Vital statistics of India. Vol. IV, Annual returns from 1871 to 1876. British Army of India, Native Army and jails of Bengal
Year: 1871
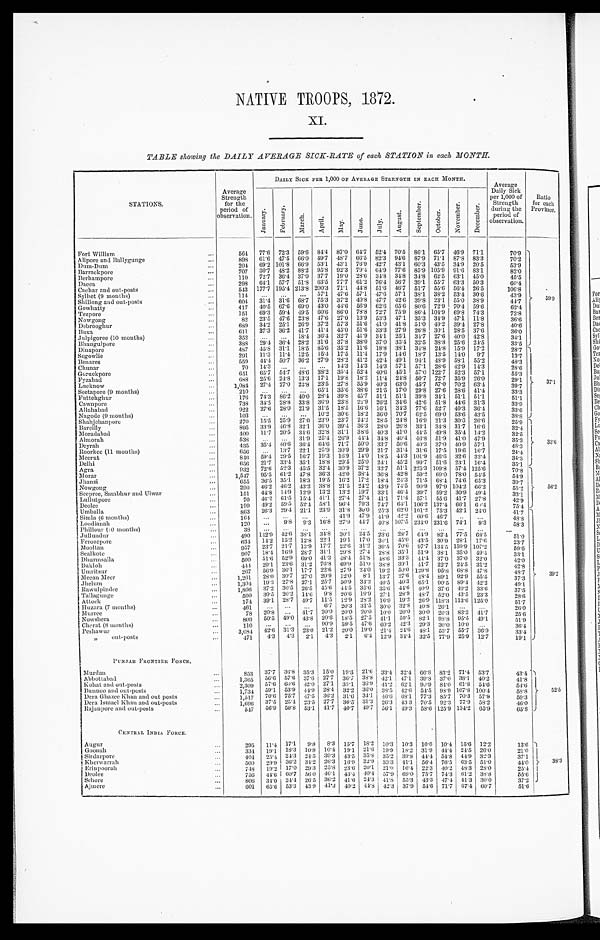
NATIVE TROOPS, 1872.
X.I.
TABLE showing the DAILY AVERAGE SICK-RATE of each STATION in each MONTH.
STATIONS.
DAILY SICK PER 1,000 OF AVERAGE STRENGTH IN EACH MONTH.
Average
Daily Sick
per 1,000 of
Strength
during the
period of
observation.
Ratio
for each
Province.
Average
Strength
for the
period of
observation.
J a n u a r y .
F e b r u a r y .
M a r c h .
Apri l . May.
J u n e .
J u l y . A u g u s t .
S e p t e m b e r .
O c t o b e r .
N o v e m b e r .
D e c e m b e r .
Fort William . . .
564 77.6 72.3 59.6 84.4 87.0 64.7 52.4 70.5 86.1 65.7 46.9 71.1
70.9
59. 9
82.3 94.6 87.9 71.1 87.8 83.3
70.2
898 61.6 47.5 66.0 49.7 48.7 66.5
Alipore and Ballygunge . . .
42.7 43.1 60.3 43.5 34.9 20.5
53.9
2 0 4 69.2 101.8 66. 9 53.1 43.1 76.9
Dum-Dum . . .
707 30.7 48.2 88.2 95.8 92.3 79.4 64.9 77.6 85.9 105.9 91.6 83.1
82.0
Barrackpore . . .
110 72.7 36.4 37.0 37.7 19.0 28.6 34.8 34.8 34.8 62.5 63.1 45.0
45.5
Berhampore . . .
298
64.1 57.7 51.8 63.5 77.7 61.2 76.4 56.7 39.1 55.7 63.3 50.3
60.4
Dacca . . .
543 177.7 195.4 213.8 200.3 71.1 44.8 51.6 46.7 51.7 55.6 56.4 26.5
106.8
Cachar and out-posts . . .
114 . . . . . . . . . 57.1 47.6 57.1 47.6 57.1 38.1 38.2 53.4 30.6
43.9
Sylhet (9 months) . . .
604
31.4 31.6 68.7 75.3 37.2 40.8 47.7 42.6 39.8 23.1 55.0 38.9
4 4 . 7
Shillong and out-posts . . .
417 40.5 67.6 69.0 43.0 44.6 56.9 62.6 65.6 80.6 72.9 70.4 59.6
62.4
Gowhatty . . .
151 69.3 59.4 49. 5 60.6 86.0 78.8 72.7 75.9 86.4 104.9 69.8 74.3
72.8
Tezpore . . .
82 23.5 47.6 23. 8 47.6 27.0 13.9 53. 3 47.1 35.3 34.9 47.1 11.8
36.6
Nowgong . . .
689 34.2 25.1 26. 9 37.2 57.3 51.6 41.0 41.8 51.0 49.2 39.4 27.8
40.6
Debrooghur . . .
33.3 27.9 26.8 30.1 28.5 37.6
36.0
611 37.3 36.2 41.7 41.4 45.0 51.6
Buxa . . .
Julpigoree (10 months) . . .
352 . . . . . . 18. 4 36.4 32.7 41.9
3 4 . 1 25.1 34.7 27.6 40.0 42.8
3 4 . 1
37.0 35.4 32.5 38.8 25.6 24.5
33.5
388 29.4 36.4 28.2 31.6 37.8 38.0
Bhaugulpore . . .
487 45.8 31.1 18. 5 85.6 35.2 11.6 18.8 38.1 34.8 24.8 15.9 17.2
28.7
37. 1
Dinapore . . .
291 11.3 11.4 12. 5 15.4 17.5 11.4 17.9 14.6 18.7 13.5 14.0 9.7
13.7
Segowlie . . .
559 44.4 50.7 36.2 27.9 28.2 41.2 42.4 49.1 94.1 48.9 58.1 55.2
48.3
Benares . . .
70 14.3
. . .
. . .
. . . 14.3 14.3 14.3 57.1 57.1 28.6 42.9 14.3
28.6
Chunar . . .
651 65.7 54.7
4 8 . 6 38.2 35.4 52.4 40.6 45.1 57.0 122.7 52.3 57.1
55.3
Goruckpore . . .
688 25.6 24.8 13.3 17.1 19.8 18.2 11.4 24.8 50.7 72.7 35.9 26.0
29.1
Fyzabad . . .
1,084
27.4 27.0 22.8 23.5 27.8 35.9 40.3 63.0 45.7 57.0 70.2 63.4
39.7
Lucknow . . .
2 1 0 . . .
. . . . . . 65.1 35.6 38.6 21.5 17.0 29.8 27.6 28.6 41.4
33.3
Seetapore (9 months) . . .
51.1 51.1 39.8 34.1 51.1 51.1
51.1
176 74.3 86.2 40.0 28.4 39.8 45.7
Futtehghur . . .
738 34.5 28.8 33.8 36.9 23.8 22.9 26.2 34.6 42.6 51.8 44.6 31.3
3 3 . 9
Cawnpore . . .
16.1 34.3 77.6 52.7 40.3 36.4
33.6
922 27.6 28.0 21.9 31.5 18.5 16.6
Allahabad . . .
103 . . . . . . . . . 10.2 30.6 18.2 36.0 70.7 62.5 69.0 53.6 43.5
38.8
Nagode (9 months) . . .
Shahjehanpore . . .
270 15.5 25.9 27.0 23.9 23.7 24.2 28.5 24.8 16.9 21.3 30.0 26.6
25.9
3 3 . 6
895
33.9 46.8 32.1 36.0 39.4 36.3 28.0 26.8 33.1 34.8 31.7 16.6
32.4
Bareilly . . .
400 11.7 20.5 34.6 32.8 31.1 38.6 40.3 41.0 44.5 49.8 35.4 14.2
32.5
Moradabad . . .
538 . . .
. . . 31.9 25.4 26.9 44.4 34.8 40.4 46.8 51.9 41.0 47.9
35.3
Almorah . . .
435 35.4 40.6 36.4 64.6 71.7 50.0 33.7 50.6 40.3 37.0 40.9 57.1
48.3
Deyrah . . .
656 . . . 13.7 22.1 25.9 30.9 29.9 21.7 31.4 31.6 17.5 19.6 16.7
2 4 . 4
Roorkee (11 months) . . .
18.5 44.3 101.9 46.6 32.6 32.4
3 4 . 3
846 59.4 29.5 16.7 19.3 16.9 14.0
Meerut . . .
6 5 6 21.7
3 3 . 4 35.1 18.8 29.5 25.0 24.1 45.2 99.7 51.6 23.1 16.4
35.1
Delhi . . .
32.7 51.1 225.3 109.8 57.4 125.6
70.8
56. 2
932 72.6 52.3 45.5 32.4 30.9 37.2
Agra . . .
36.8 42.8 59.2 69.0 78.0 54.5
54.9
1,547 95.5
6 1 . 2 47.8 36.3 42.0 38.4
Morar . . .
18.4 24.3 71.5 68.4 74.6 65.3
39.7
655 36.5 35.1 18.3 19.5 16.2 17.2
Jhansi . . .
290 46.2 46.2 43.2 38.8 21.5 24.2 43.9 74.5 90.9 97.9 104.2 66.2
55.2
Nowgong . . .
Seepree, Sambhur and Ulwar . . .
1 5 1 44.8
1 4 . 9
1 2 . 9 13.2 13.2
1 9 . 7
3 3 . 1 46.4 39.7 59.2 30.9
4 9 . 4
33.1
70 46.2 61.5 15.4 41.1 27.4 27.4 41.1 71.4 57.1 55.6 41.7 27.8
42.9
Lullutpore . . .
199 49.2 59.5 52.4 58.1 96.4 79.3 74.7 64.1 106.2 137.4 66.1 60.4
75.4
Deolee . . .
863 26.3 29.4 21.1 23.9 31.8 30.0 95.3 62.0 101.2 75.3 42.1
2 4 . 0
41.7
39.2
Umballa . . .
1 6 4 . . .
. . .
. . .
. .. 41.9 47.9
Simla (6 months) . . .
41.9 42.2 60.6 46.7
. . .
. . .
4 8 . 8
120 . . . 9.8 9.3 16.8 27.9 44.7 40.8 107.5 234.0 231.6 74.1 9.3
58.3
Loodianah . . .
. . .
. . . . . .
. . .
. . .
. . .
Phillour (10 months) . . .
38 . . .
. . .
. . .
. . . . . .
. . .
490
142.9
4 2 . 6 38.1 34.8 30.1 24.5 23.6 28.7 64.9 82.4 77.5 68.5
51.0
Jullundur . . .
30.1 45.0 43.5 30.9 28.1 17.6
23.7
6 3 4 14.2 15.2 12.8 22.1 19.1 17.0
Ferozepore . . .
957 23.7 21.7 13.9 17.7 22.6 31.2
3 9 . 5 70.6 97.7 134.5 159.9 107.2
59.6
Mooltan . . .
9 0 7 18.4 16.9 28.7 31.1 29.8 27.4 28.8 35.1 51.9 38.1 35.0 49.4
33.1
Sealkote . . .
500 51.6 52.9 69.0 41.3 48.4 51.8 48.6 33.3 44.4 37.0 37.0 32.0
42.0
Dhurmsalla . . .
444 29.1 23.6 31.2 76.8 69.9 51.0 38.8 39.1 41.7 22.7 24.5 31.2
42.8
Bukloh . . .
267 56.9 36.1 17.7 22.6 27.9 24.0 19.2 50.0 129.8 95. 8
6 8 . 8
4 7 . 8
48.7
Umritsur. . .
1,261 28.0 30.7 27.0 20.9 12.0 8.1 13.7 27.6 48.4 89.1 92.9 55.5
37.3
Meean Meer . . .
1,304
1 9 . 3 27.8 27.1 25.7 50.9 34.2
4 0 . 5 40.3 65.1 90.5 89.4 42.2
49.1
Jhelum . . .
1,866 37.2
3 0 . 5 26.5 45. 6 44.5 35.6 35.6 44.6 40.9 37.6 40.2 33.6
37.5
Rawulpindee . . .
560 30.5 20.2 14.6 9.8 20.6 19.9 27.1 28.9 48.7 52.0 43.5 23.3
28.6
Tallagunge . . .
16.9
1 9 . 2 26.9 118.3 113.6 125.0
51.7
174 39.1 28.7 40.7 11.5 12.9 28.2
Attock . . .
Huzara (7 months) . . .
461
. . .
. . . . . . 6.7 20.3 31.5 30.0 32.8
40. 8 26. 1 . . .
. . .
26.0
10.0
2 0 . 0 30.0 20. 3 83.3 41.7
2 5 . 6
78 20.8
. . . 41.7 20.0 20.0 20.0
Murree . . .
41.1 50.5 82.1 98.8 95.5 49.1
2 5 . 6
809 50.5 49.0 43.8 20.6 18.5 27.5
Nowshera . . .
60.2 42. 3 29.3 30.0 10.0 . . .
36.4
Cherat (8 months) . . .
110
. . .
. . .
. . .
90. 9 59.5 47.6
3,084
4 2 . 6
3 1 . 3 23.0 21.2 20.0 19.0 21.4 24.6 48.1 53. 7 55.7 36.9
33.4
Peshawur . . .
12.9 34.4 32.5 77.9 25.9 12.7
19.1
471
4.3 4.3 2.1 4.3 2.1
6 . 4
" o u t - p o s t s . . .
PUNJAB FRONTIER FORCE . . .
52.5
Murdan . . .
853 37.7 36.8
3 5 . 3 15.0 19.3 21.6 33.4 32.4
6 6 . 8 83.2 71.4 53.7
43.4
1,365
5 6 . 6 57.6 37.6 27.7 36.7 38.8 42.1 47.1 39.8 37.0 38.1 40.2
41.8
Abbottabad . . .
Kohat and out-posts . . .
2,309 57.6 60.6
4 2 . 0 27.1 33.1 36.9 41.2
6 2 . 1 90.9
8 4 . 0 61.8 54.6
54.6
Bunnoo and out-posts . . .
1,734 59.1 53.9 44.9 28.4 32.2 36.0 38.5
4 2 . 6 54.5
9 8 . 9 107.8 100.4
58.8
Dera Ghazee Khan and out posts . . .
1 , 5 1 7 70.6 75.7 47.5 36.2 31.6 34.1 46.6 68.1 77.3 85.7 70.3 57.9
59.3
Dera Ismael Khan and out-posts . . .
1,696 37.5 25.4 23.5 27.7 36.5 31.3 26.3 43.3 70.5 92.3 77.9 58.2
46.0
Rajanpore and out-posts . . .
547 56.9 59.8 53.1 41.7
4 0 . 7
4 9 . 7 56.1 49.3 58.6 125.9 134.2 65.9
65.8
CENTRAL INDIA FORCE.
Augur . . .
295 11.4 17.1 9.8 8.3 15.7
1 8 . 2 10.3 10.3 10.0 10.4 15.6 12.2
13.6
38 . 3
G o o n a h . . .
334 19.1 18.3 10.8 10.4 19.1 21.6 19.9 18.2 31.9 44.4 24.5 26.0
21.0
404 25.4
2 4 . 3 24.5 39.3 43.5 35.8 35.2 39.3 44.4 54.8
4 4 . 9 32.3
37.1
Sirdarpore . . .
500 29.9 36.2 34.2 26.3 16.9 32.9 33.3 41.1 56.4 76.5 63.5 51.0
44.0
Kherwarrah. . .
748 19.2 17.0 29.3 25.8
2 3 . 6 20.1 21.0 16.4 22.3 40.2 48.3 28.0
25.4
Erinpoorah . . .
57.9 69.0 75.7 74.3 61.2 38.8
55.6
Deolee . . .
756
4 4 . 6 60.7 56.0
4 6 . 1 43.4 40.4
4 1 . 8 55.3 43.3 47.4 -41.3 30.0
37.2
Sehore . . .
806 34.0
2 4 . 4 26.5 36.2 41.6 24.3
42.3 37.9 54.6 71.7 67.4 60.7
51.6
Ajmere . . .
601 65.6 53.3 43.9 41.3 40.2
4 4 . 8